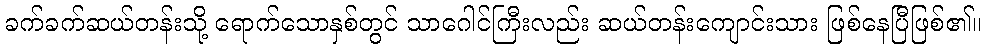
ခက်ခက်ဆယ်တန်းသို့ ရောက်သောနှစ်တွင် သာဂေါင်ကြီးလည်း ဆယ်တန်းကျောင်းသား ဖြစ်နေပြီဖြစ်၏။